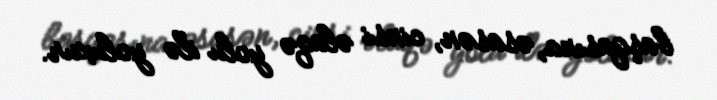
başqasına, əsasən, cinsi əlaqə yolu ilə yoluxur.